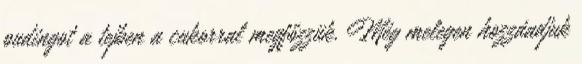
pudingot a tejben a cukorral megfőzzük. Még melegen hozzáadjuk